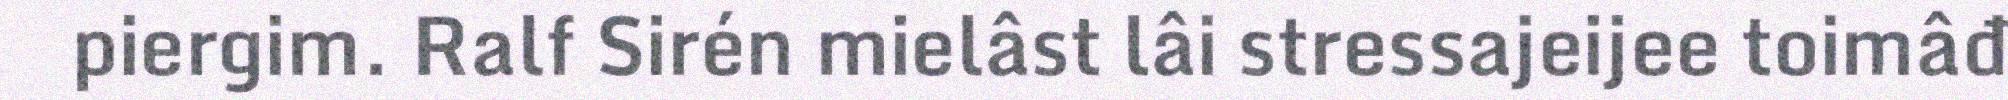
piergim. Ralf Sirén mielâst lâi stressajeijee toimâđ